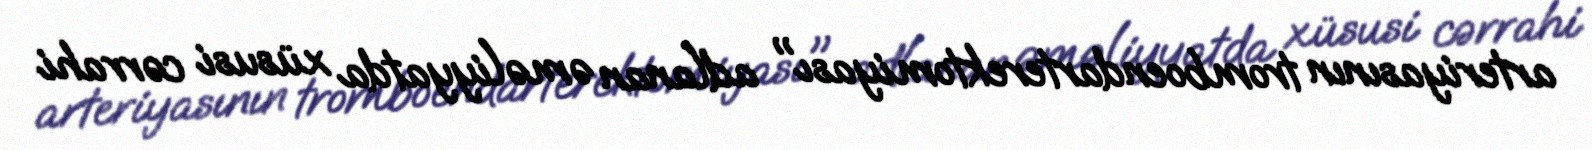
arteriyasının tromboendarterektomiyası" adlanan əməliyyatda xüsusi cərrahi